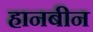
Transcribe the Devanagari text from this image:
हानबीन